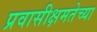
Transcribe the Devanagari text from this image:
प्रवासीक्षमतेच्या